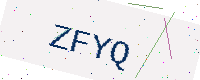
Text: ZFYQ